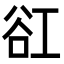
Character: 䜫